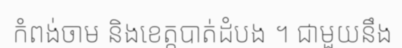
កំពង់ចាម និងខេត្តបាត់ដំបង ។ ជាមួយនឹង